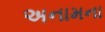
અનામના